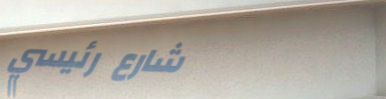
شارع رئيسي